Report on inoculation in the plague infected areas of the Punjab and its dependencies from October 1900 to September 1901
Year: 1900
Disease focus: Plague
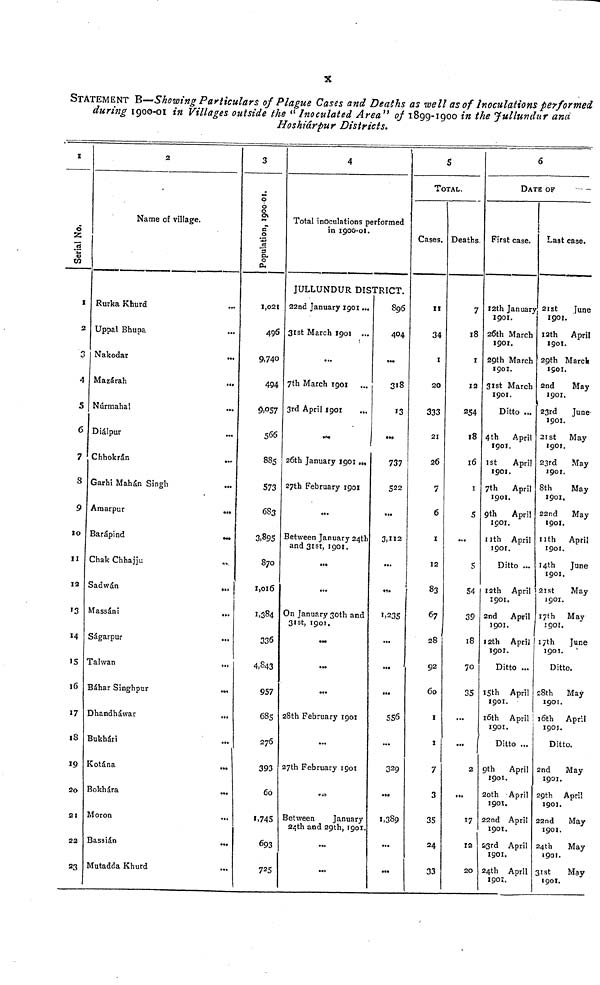
x
STATEMENT B—Showing Particulars of Plague Cases and Deaths as well as of Inoculations performed
during 1900-01 in Villages outside the " Inoculated Area" of 1899-1900 in the Jullundur ana
Hoshiárpur Districts.
1
Serial No.
1
2
3
4
5
6
7
8
9
10
11
12
'3
14
15
16
17
18
19
20
21
22
23
2
Name of village.
Rurka Khurd
Uppal Bhupa
Nakodar
...
Mazárah
...
Núrmahal
Diálpur
Chhokrán
Garhi Mahán Singh
...
Araarpur
...
Barápind
Chak Chhajju
Sadwán
Massáni
Ságarpur
Taiwan
..,
Báhar Singhpur
Dhandháwar
Bukhári
Kotána
...
Bokhára
...
Moron
...
Bassián
...
Mutadda Khurd
3
Population, 1899-1900.
1,021
496
9,740
494
9,057
566
885
573
683
3,8gs
870
1,016
1,384
336
4,043
957
685
276
393
60
1,745
693
725
4
Total inoculations performed
in 1900-01.
JULLUNDUR DISTRICT.
22nd January 1901...
31st March 1901 ...
...
7th March 1901
3rd April 1901
26th January 1901 ...
27th February 1901
...
Between January 24th
and 31st, 1901.
...
On January 30th and
31st, 1901.
...
28th February 1901
...
27th February 1901
Between
January
24th and 29th, 1901
896
404
...
318
13
737
522
,,,
3,112
...
1,235
...
...
556
...
329
1,389
...
5
TOTAL.
Cases.
11
34
1
20
333
21
26
7
6
1
12
83
67
28
92
60
1
1
7
3
35
24
33
Deaths.
7
18
1
12
254
18
16
1
S
5
54
39
18
70
35
,,,
...
2
...
17
12
20
6
DATE OF
First case.
12th January
1901.
26th March
1901.
29th March
1901.
31st March
1901.
Ditto ...
4th
April
1901.
1st
April
1901.
7th
April
1901.
9th
April
1901.
nth April
190t.
Ditto ...
12th April
1901.
2nd
April
1901.
12th
April
1901.
Ditto ...
I5th April
1901.
16th April
1901.
Ditto ...
9th April
1901.
20th April
190Î.
22nd April
1901.
23rd April
1901.
24th April
19OÏ.
Last case.
21st
June
1901.
12th April
1901.
29th Marck
1901.
2nd
May
1901.
23rd
June
1901.
21st May
1901.
23rd May
1901.
8th
May
1901.
22nd
May
1901.
11th April
1901.
14th
June
1901.
21st
May
1901.
17th May
1901.
17th
June
190J.
Ditto.
28th
May
1901.
16th April
1901.
Ditto.
2nd
May
1901.
29th
April
1901.
22nd
May
1901.
24th
May
190!.
31st
May
1901.